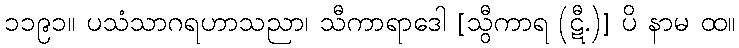
၁၁၉၁။ ပသံသာဂရဟာသညာ၊ သီကာရာဒေါ [သွီကာရ (ဋီ.)] ပိ နာမ ထ။